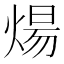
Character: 煬